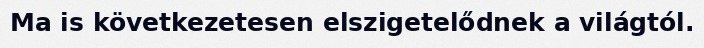
Ma is következetesen elszigetelődnek a világtól.